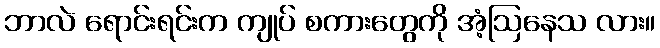
ဘာလဲ ရောင်းရင်းက ကျုပ် စကားတွေကို အံ့ဩနေသ လား။